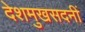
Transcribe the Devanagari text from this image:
देशमुखसदनीं